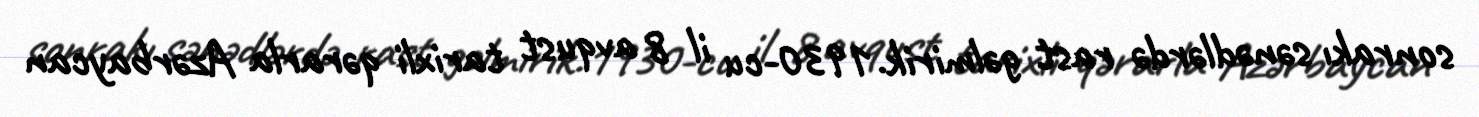
sonrakı sənədlərdə rast gəlmirik.1930-cu il 8 avqust tarixli qərarla Azərbaycan